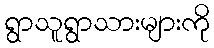
ရွာသူရွာသားများကို